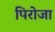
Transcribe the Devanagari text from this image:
पिरोजा